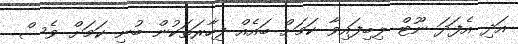
އަދި އެފަދަ ނޫޓް ލިބިފައިވާ ކަމަށް ބައެއް ފިހާރަތަކުން ބުނި ކަމަށް ވެސް